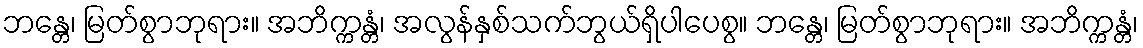
ဘန္တေ၊ မြတ်စွာဘုရား။ အဘိက္ကန္တံ၊ အလွန်နှစ်သက်ဘွယ်ရှိပါပေစွ။ ဘန္တေ၊ မြတ်စွာဘုရား။ အဘိက္ကန္တံ၊